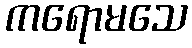
ကရောမသေ